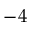
- 4